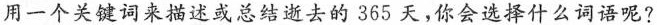
用一个关键词来描述或总结逝去的365天，你会选择什么词语呢?